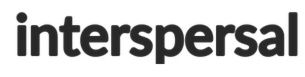
interspersal